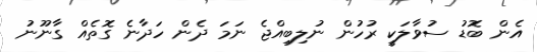
އެން ބޮޑު ސުވާލަކީ ރުހުން ނުލިބިއްޖެ ނަމަ ދެން ހަދާނެ ގޮތެއް ގާނޫނު